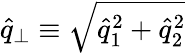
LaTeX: \widehat{q}_{\perp}\equiv\sqrt{\widehat{q}_{1}^{2}+\widehat{q}_{2}^{2}}